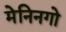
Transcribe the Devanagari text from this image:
मेनिनगो